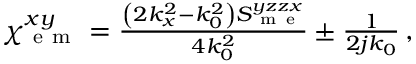
\begin{array} { r } { \chi _ { \mathrm { ~ e ~ m ~ } } ^ { x y } = \frac { \left( 2 k _ { x } ^ { 2 } - k _ { 0 } ^ { 2 } \right) S _ { \mathrm { ~ m ~ e ~ } } ^ { y z z x } } { 4 k _ { 0 } ^ { 2 } } \pm \frac { 1 } { 2 j k _ { 0 } } \, , } \end{array}